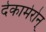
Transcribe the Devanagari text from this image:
देकामेरोन्